Indian journal of veterinary science and animal husbandry - Volumes 24-25, 1954-1955
Year: 1954
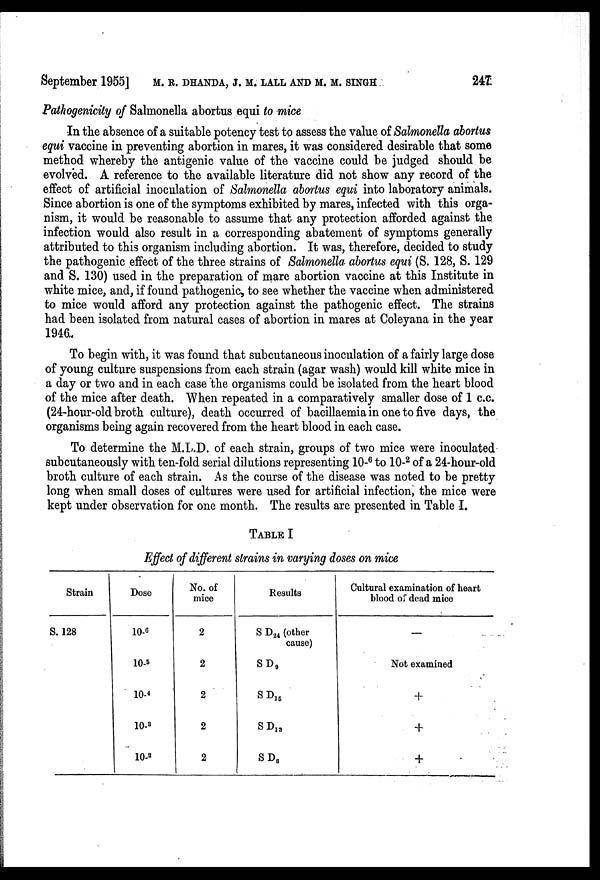
September 1955] M. R. DHANDA, J. M. LALL AND M. M. SINGH 247
Pathogenicity of Salmonella abortus equi to mice
In the absence of a suitable potency test to assess the value of Salmonella abortus
equi vaccine in preventing abortion in mares, it was considered desirable that some
method whereby the antigenic value of the vaccine could be judged should be
evolved. A reference to the available literature did not show any record of the
effect of artificial inoculation of Salmonella abortus equi into laboratory animals.
Since abortion is one of the symptoms exhibited by mares, infected with this orga-
nism, it would be reasonable to assume that any protection afforded against the
infection would also result in a corresponding abatement of symptoms generally
attributed to this organism including abortion. It was, therefore, decided to study
the pathogenic effect of the three strains of Salmonella abortus equi (S. 128, S. 129
and S. 130) used in the preparation of mare abortion vaccine at this Institute in
white mice, and, if found pathogenic, to see whether the vaccine when administered
to mice would afford any protection against the pathogenic effect. The strains
had been isolated from natural cases of abortion in mares at Coleyana in the year
1946.
To begin with, it was found that subcutaneous inoculation of a fairly large dose
of young culture suspensions from each strain (agar wash) would kill white mice in
a day or two and in each case the organisms could be isolated from the heart blood
of the mice after death. When repeated in a comparatively smaller dose of 1 c.c.
(24-hour-old broth culture), death occurred of bacillaemia in one to five days, the
organisms being again recovered from the heart blood in each case.
To determine the M.L.D. of each strain, groups of two mice were inoculated
subcutaneously with ten-fold serial dilutions representing 10- 6 to 10- 2 of a 24-hour-old
broth culture of each strain. As the course of the disease was noted to be pretty
long when small doses of cultures were used for artificial infection, the mice were
kept under observation for one month. The results are presented in Table I.
TABLE I
Effect of different strains in varying doses on mice
Strain
S. 128
Dose
10- 6
10- 5
10- 4
10- 3
10- 2
No. of
mice
2
2
2
2
2
Results
S D 24 (other
cause)
S D 9
S D 15
S D 13
S D 6
Cultural examination of heart
blood of dead mice
Not examined
+
+
+